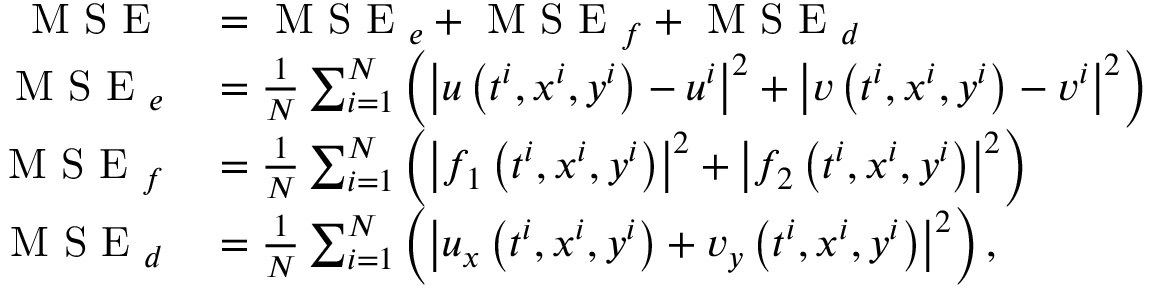
\begin{array} { r l } { \mathrm { ~ M ~ S ~ E ~ } } & { { } = \mathrm { ~ M ~ S ~ E ~ } _ { e } + \mathrm { ~ M ~ S ~ E ~ } _ { f } + \mathrm { ~ M ~ S ~ E ~ } _ { d } } \\ { \mathrm { ~ M ~ S ~ E ~ } _ { e } } & { { } = \frac { 1 } { N } \sum _ { i = 1 } ^ { N } \left( \left| u \left( t ^ { i } , x ^ { i } , y ^ { i } \right) - u ^ { i } \right| ^ { 2 } + \left| v \left( t ^ { i } , x ^ { i } , y ^ { i } \right) - v ^ { i } \right| ^ { 2 } \right) } \\ { \mathrm { ~ M ~ S ~ E ~ } _ { f } } & { { } = \frac { 1 } { N } \sum _ { i = 1 } ^ { N } \left( \left| f _ { 1 } \left( t ^ { i } , x ^ { i } , y ^ { i } \right) \right| ^ { 2 } + \left| f _ { 2 } \left( t ^ { i } , x ^ { i } , y ^ { i } \right) \right| ^ { 2 } \right) } \\ { \mathrm { ~ M ~ S ~ E ~ } _ { d } } & { { } = \frac { 1 } { N } \sum _ { i = 1 } ^ { N } \left( \left| u _ { x } \left( t ^ { i } , x ^ { i } , y ^ { i } \right) + v _ { y } \left( t ^ { i } , x ^ { i } , y ^ { i } \right) \right| ^ { 2 } \right) , } \end{array}